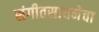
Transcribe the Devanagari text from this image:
संगीतसाधनेचा